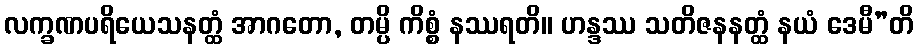
လက္ခဏပရိယေသနတ္ထံ အာဂတော, တမ္ပိ ကိစ္စံ နဿရတိ။ ဟန္ဒဿ သတိဇနနတ္ထံ နယံ ဒေမီ”တိ